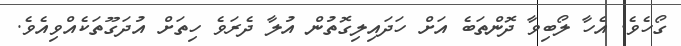
ގޯހެވެ. އެހާ ލޯބިވާ ދޮންތަބެ އަށް ހަދައިލިގޮތުން އުލާ ދެރަވެ ހިތަށް އުދަގޫތަކެއްވިއެވެ.